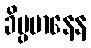
ခိပ္ပမာနေန